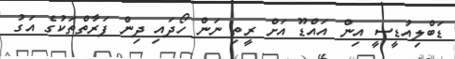
ޑަބްލިއުޑީސީ އިން އައްޑޫ އަށް ރީތި ނަން ހޯދައި ދިން ފަރާތްތަކުގެ އަގު